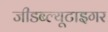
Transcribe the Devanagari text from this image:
जीडब्ल्यूटाइगर